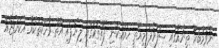
ނޮވެމްބަރު ތިނެއްގައި ސަފުވެފަ މިއޮތީ ހަމައެކަނި ފޮތްތަކުގައި ލިޔެފައި އޮތް ވާހަކަތަކެއް އެކަންޏެއް